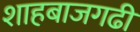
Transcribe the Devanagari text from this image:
शाहबाजगढी